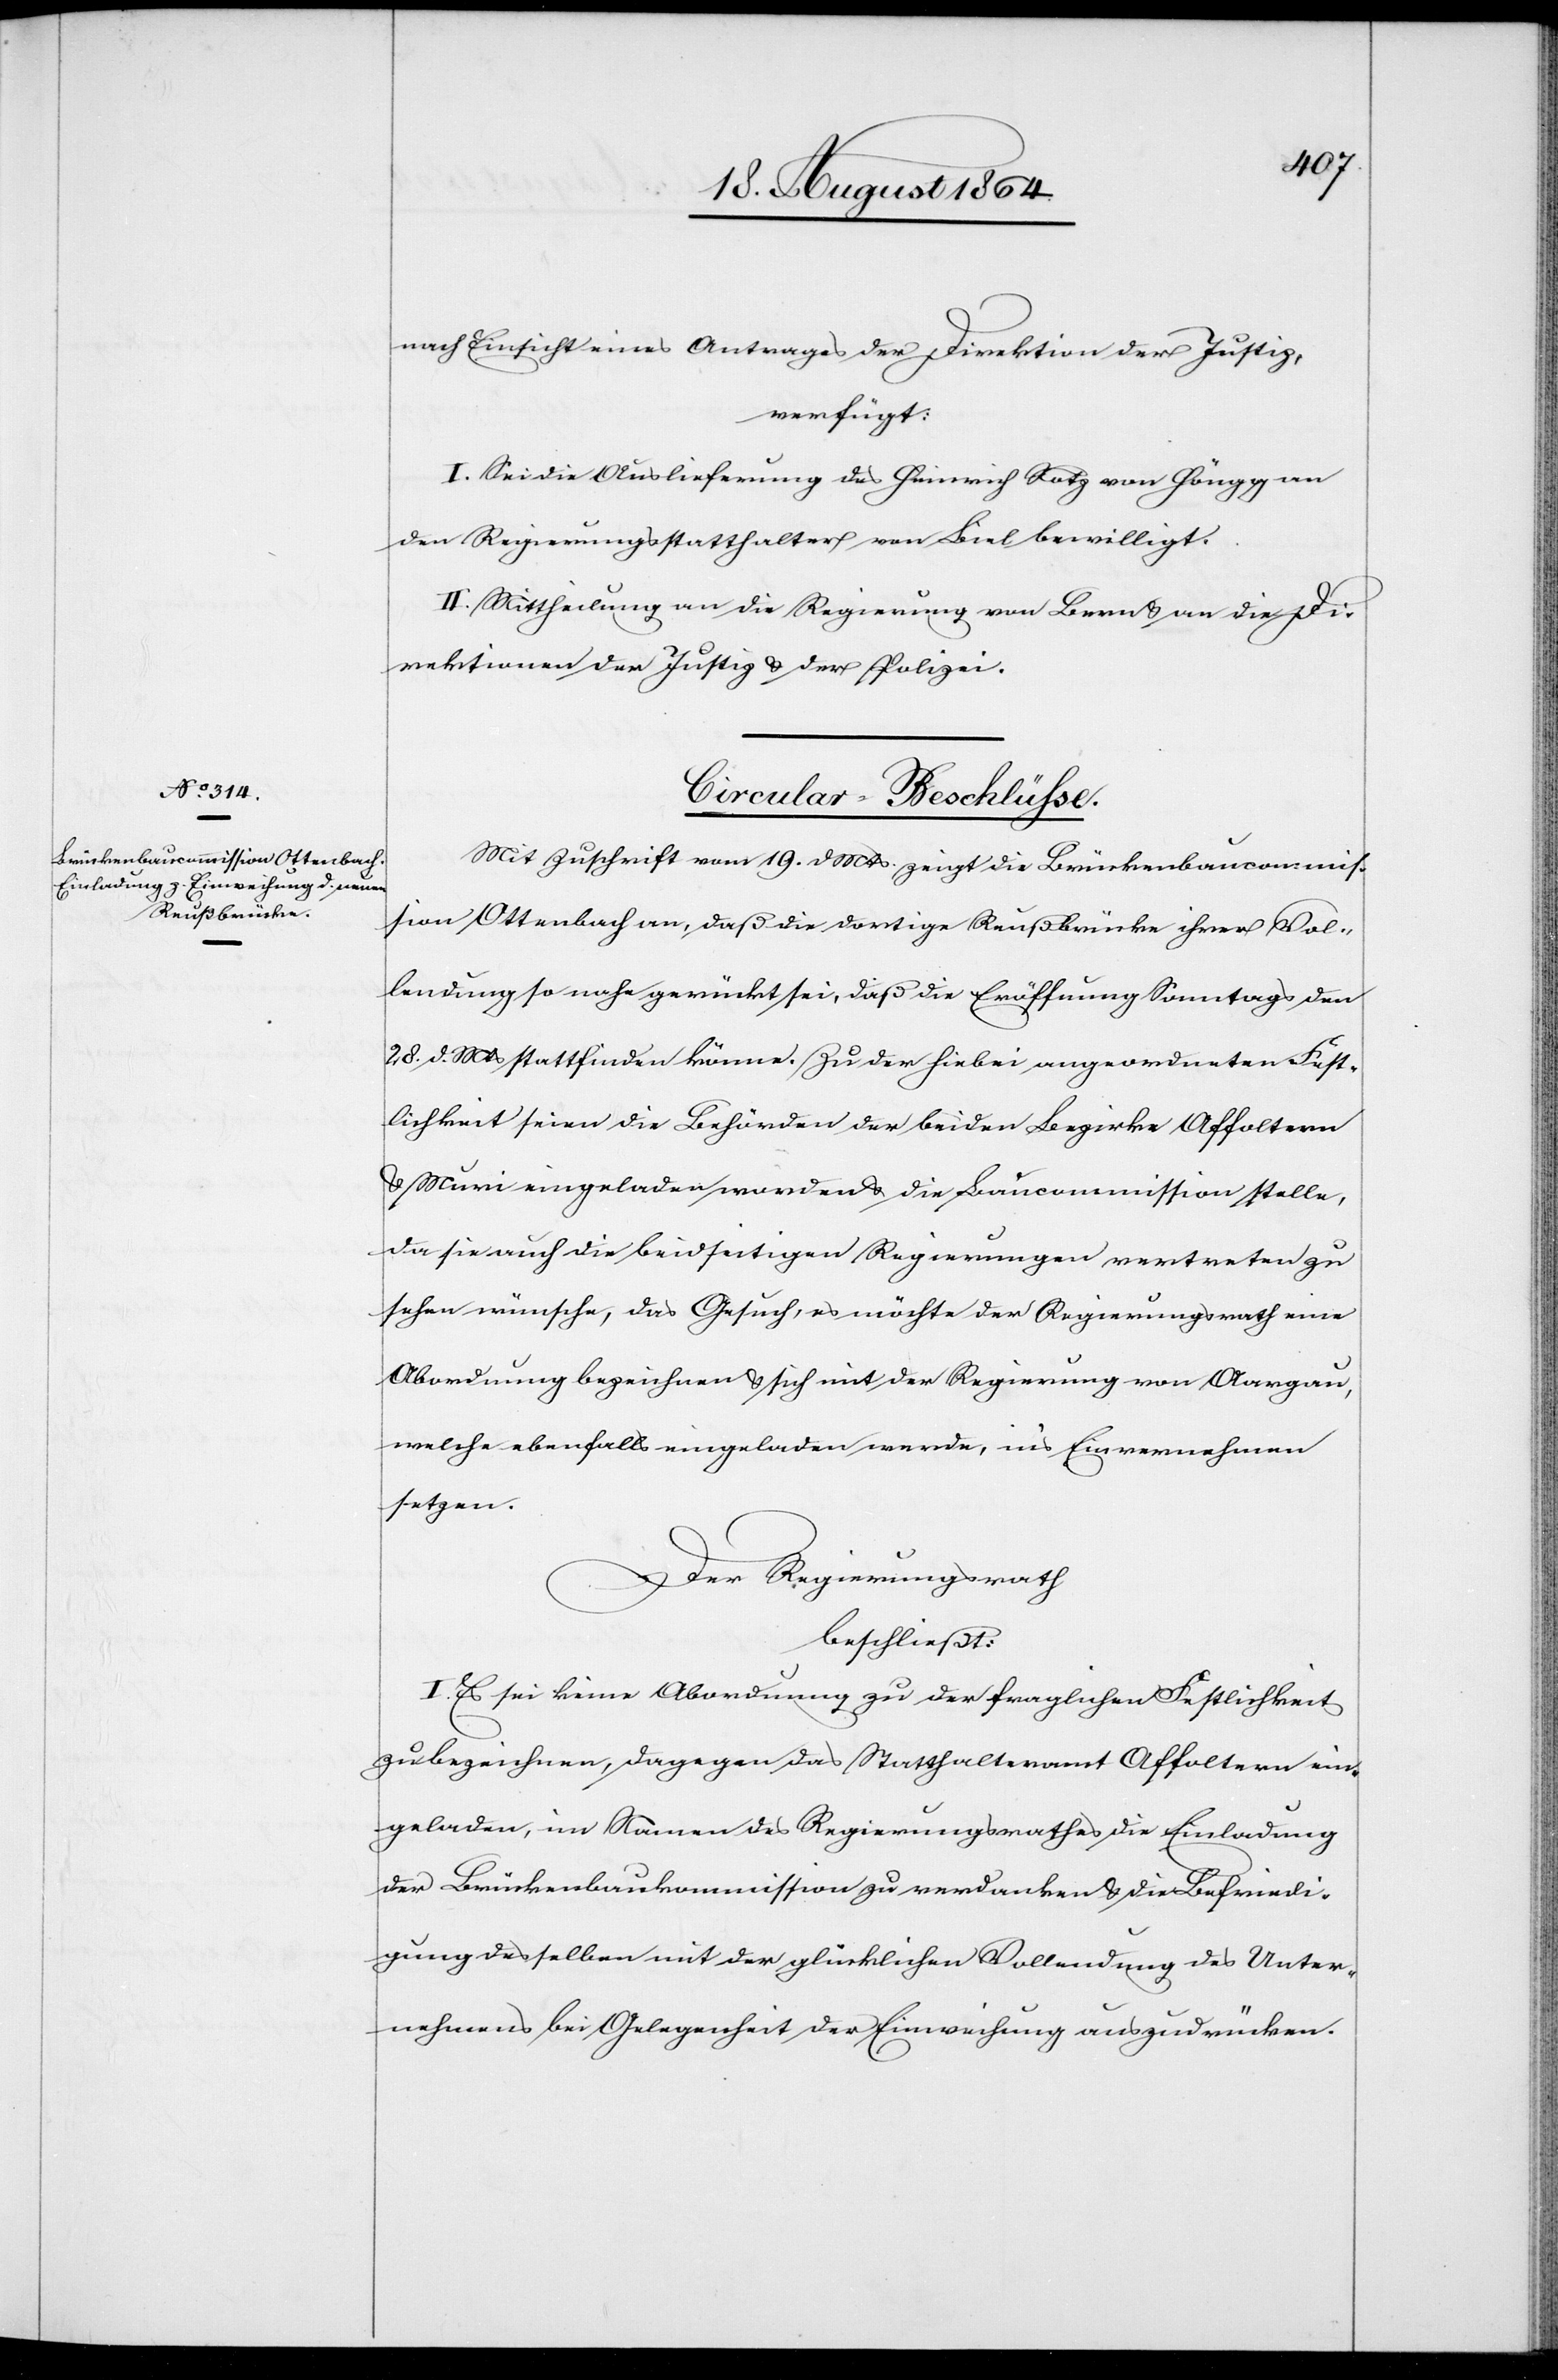
[22. August 1864.]
nach Einsicht eines Antrages der Direktion der Justiz,
verfügt:
I. Sei die Auslieferung des Heinrich Notz von Höngg an
den Regierungsstatthalter von Biel bewilligt.
II. Mittheilung an die Regierung von Bern & an die Di¬
rektionen der Justiz & der Polizei.
Circular-Beschlüsse.
Mit Zuschrift vom 19. d. Mts. zeigt die Brückenbaucommis¬
sion Ottenbach an, daß die dortige Reußbrücke ihrer Vol¬
lendung so nahe gerückt sei, daß die Eröffnung Sonntags den
28. d. Mts stattfinden könne. Zu der hiebei angeordneten Fest¬
lichkeit seien die Behörden der beiden Bezirke Affoltern
& Muri eingeladen worden & die Baucommission stelle,
da sie auch die beidseitigen Regierungen vertreten zu
sehen wünsche, das Gesuch, es möchte der Regierungsrath eine
Abordnung bezeichnen & sich mit der Regierung von Aargau,
welche ebenfalls eingeladen werde, in’s Einvernehmen
setzen.
Der Regierungsrath
beschließt:
I. Es sei keine Abordnung zu der fraglichen Festlichkeit
zu bezeichnen, dagegen das Statthalteramt Affoltern ein¬
geladen, im Namen des Regierungsrathes die Einladung
der Brückenbaukommission zu verdanken & die Befriedi¬
gung desselben mit der glücklichen Vollendung des Unter¬
nehmens bei Gelegenheit der Einweihung auszudrücken.